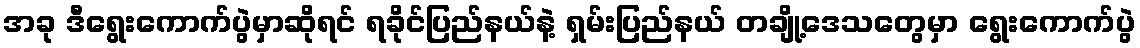
အခု ဒီရွေးကောက်ပွဲမှာဆိုရင် ရခိုင်ပြည်နယ်နဲ့ ရှမ်းပြည်နယ် တချို့ဒေသတွေမှာ ရွေးကောက်ပွဲ